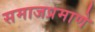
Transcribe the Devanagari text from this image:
समाजप्रमाणे